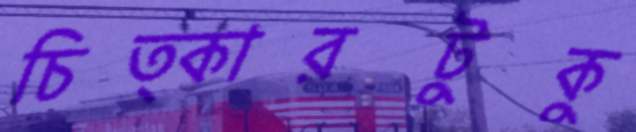
চিত্কারটুকু